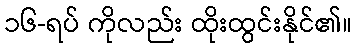
၁၆-ရပ် ကိုလည်း ထိုးထွင်းနိုင်၏။